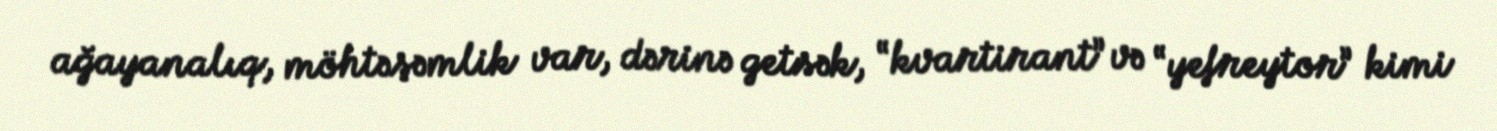
ağayanalıq, möhtəşəmlik var, dərinə getsək, “kvartirant” və “yefreytor” kimi